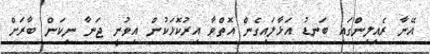
އޭނާ ރެއިލިންގައި ބަނޑު އަޅާލައިގެން އޮޮތްވާ އިރުކޮޅަކުން އިވުނީ ޖަނާ ނިކަން ބާރަށް